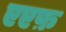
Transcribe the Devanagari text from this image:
एएफ़